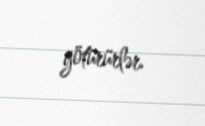
götürürlər.